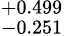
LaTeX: ^{+0.499}_{-0.251}